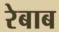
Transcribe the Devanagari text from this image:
रेबाब